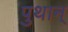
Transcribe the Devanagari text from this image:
पुथान्